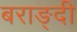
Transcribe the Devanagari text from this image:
बराङ्दी